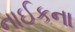
નાઈકના